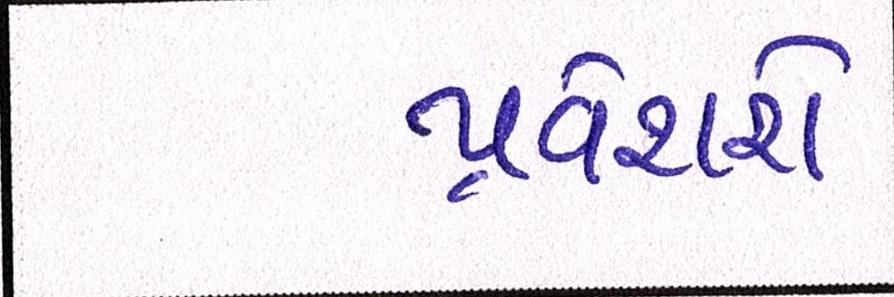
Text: પ્રવેશશે